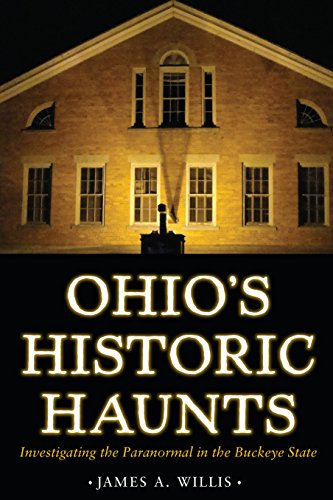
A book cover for Ohio's Historic Haunts: Investigating the Paranormal in the Buckeye State; James A. Willis; Religion & Spirituality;